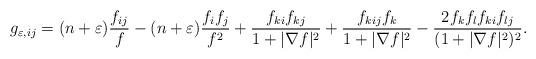
LaTeX: \begin{align*}g_{\varepsilon,ij}=(n+\varepsilon)\frac{f_{ij}}{f}-(n+\varepsilon)\frac{f_{i}f_j}{f^{2}}+\frac{f_{ki}f_{kj}}{1+|\nabla f|^{2}}+\frac{f_{kij}f_{k}}{1+|\nabla f|^{2}}-\frac{2f_kf_lf_{ki}f_{lj}}{(1+|\nabla f|^{2})^{2}}.\end{align*}